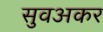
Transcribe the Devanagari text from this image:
सुवअकर